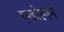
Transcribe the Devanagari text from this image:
एन्डोस्पर्म